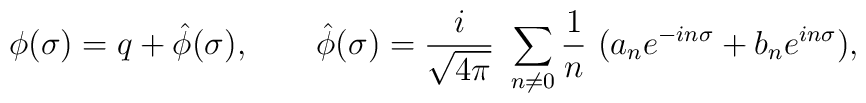
\phi (\sigma )=q+\hat \phi (\sigma ),\qquad \hat \phi (\sigma )={\frac i{\sqrt{4\pi }}}~\sum_{n\ne 0}{\frac 1n}~(a_ne^{-in\sigma }+b_ne^{in\sigma }),